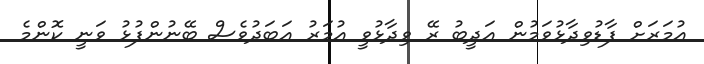
އުމަރަށް ފާޑުވިދާޅުވަމުން އަދީބު ރޭ ވިދާޅުވީ އުމަރު އަބަދުވެސް ބޭނުންފުޅު ވަނީ ކޮންމެ